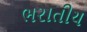
ભરાતીય